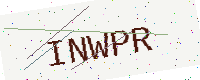
Text: INWPR